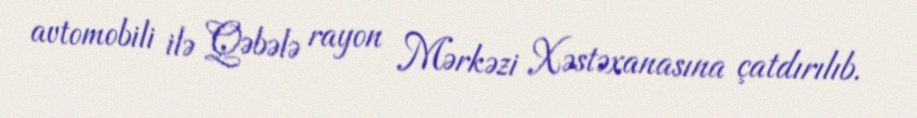
avtomobili ilə Qəbələ rayon Mərkəzi Xəstəxanasına çatdırılıb.